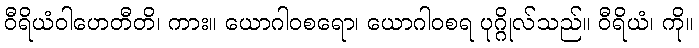
ဝီရိယံဝါဟေတီတိ၊ ကား။ ယောဂါဝစရော၊ ယောဂါဝစရ ပုဂ္ဂိုလ်သည်။ ဝီရိယံ၊ ကို။